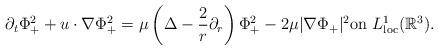
LaTeX: \begin{align*}\partial_t\Phi_{+}^{2}+u\cdot \nabla \Phi_{+}^{2}=\mu\left(\Delta-\frac{2}{r}\partial_r \right)\Phi_{+}^{2}-2\mu |\nabla \Phi_{+}|^{2} \textrm{on}\ L^{1}_{\textrm{loc}}(\mathbb{R}^{3}). \end{align*}